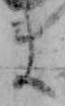
ま